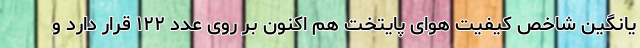
یانگین شاخص کیفیت هوای پایتخت هم اکنون بر روی عدد ۱۲۲ قرار دارد و